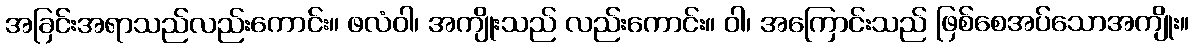
အခြင်းအရာသည်လည်းကောင်း။ ဖလံဝါ၊ အကျိုးသည် လည်းကောင်း။ ဝါ၊ အကြောင်းသည် ဖြစ်စေအပ်သောအကျိုး။